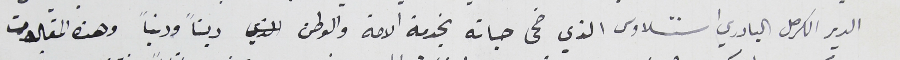
الدير الكرمل البادري استتسلاوس الذي ضحى حياته بخدمة الامة والوطن ديناً ودنياً وهذه المقالات